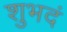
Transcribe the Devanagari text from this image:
शुभदं